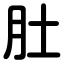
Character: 肚